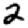
Digit: 2